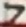
Text: 7